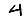
Digit: 4